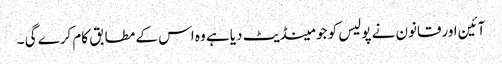
آئین اورقانون نے پولیس کو جو مینڈیٹ دیا ہے وہ اس کے مطابق کام کرے گی ۔